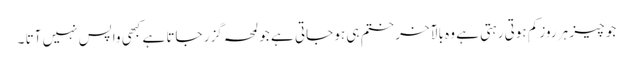
جو چیز ہر روز کم ہوتی رہتی ہے وہ بالآخر ختم ہی ہو جاتی ہے جو لمحہ گزر جاتا ہے کبھی واپس نہیں آتا ۔